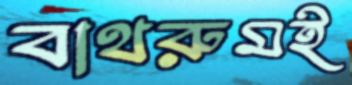
বাথরুমই